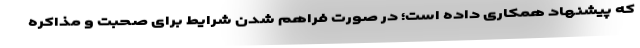
که پیشنهاد همکاری داده است؛ در صورت فراهم شدن شرایط برای صحبت و مذاکره